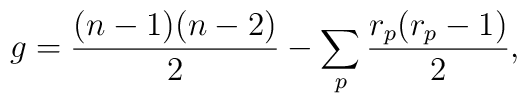
g = \frac {(n-1)(n-2)}{2} - \sum_p \frac {r_p(r_p-1)}{2},